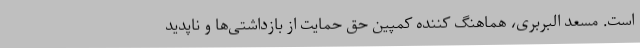
است. مسعد البربری، هماهنگ کننده کمپین حق حمایت از بازداشتی‌ها و ناپدید